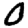
Digit: 0